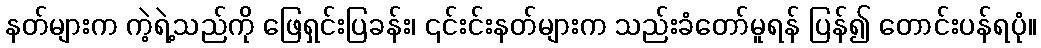
နတ်များက ကဲ့ရဲ့သည်ကို ဖြေရှင်းပြခန်း၊ ၎င်းင်းနတ်များက သည်းခံတော်မူရန် ပြန်၍ တောင်းပန်ရပုံ။